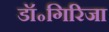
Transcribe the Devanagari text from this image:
डॉ॰गिरिजा